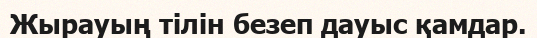
Жырауың тілін безеп дауыс қамдар.